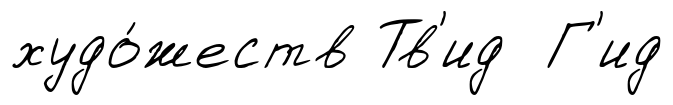
худо́жеств Тв'ид Г'ид